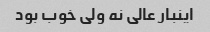
اینبار عالی نه ولی خوب بود